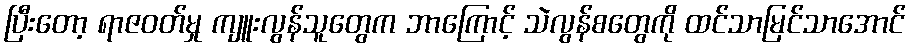
ပြီးတော့ ရာဇဝတ်မှု ကျူးလွန်သူတွေက ဘာကြောင့် သဲလွန်စတွေကို ထင်သာမြင်သာအောင်